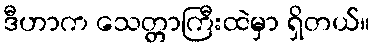
ဒီဟာက သေတ္တာကြီးထဲမှာ ရှိတယ်။